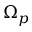
\Omega _ { p }